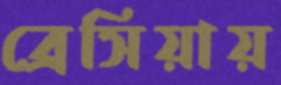
ব্রেসিয়ায়